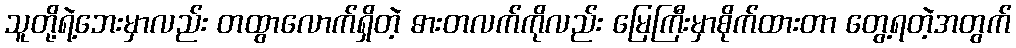
သူတို့ရဲ့ဘေးမှာလည်း တထွာလောက်ရှိတဲ့ ဓားတလက်ကိုလည်း မြေကြီးမှာစိုက်ထားတာ တွေ့ရတဲ့အတွက်